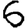
Digit: 6